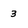
Character: 3